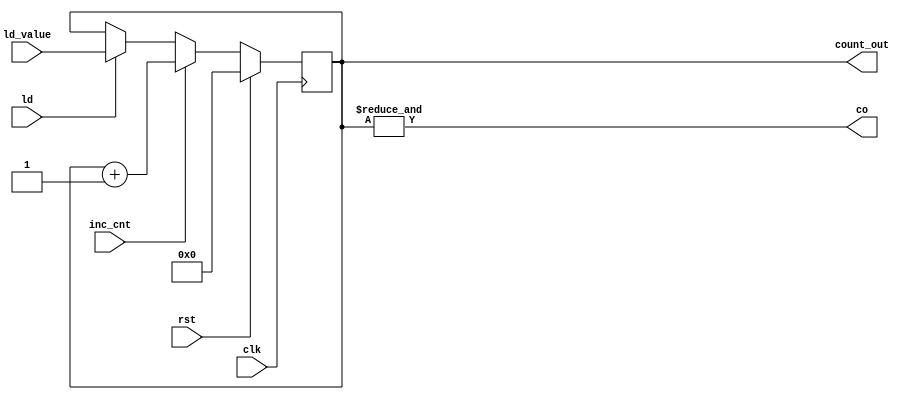
module counter_with_ld #(parameter n=8)(
    clk,
    rst,
    inc_cnt,
    ld,
    ld_value,
    co,
    count_out
);
input clk,inc_cnt,rst,ld;
input [n-1:0] ld_value;
output co;
output reg  [n-1:0] count_out;
always @(posedge clk) begin
    if(rst) begin
        count_out<={n{1'b0}}; 
    end
    else begin
        if (ld) count_out<=ld_value;
        if (inc_cnt)  begin
                count_out<=count_out+1;
        end
    end  
end
assign co=&{count_out};
endmodule
// module counter_with_ld(
//     clk,
//     rst,
//     ld_value_lsb,
//     ld_value_msb,
//     ld,
//     inc_cnt,
//     co,
//     count_out
// );
// input clk,inc_cnt,rst,ld;
// input [3:0]ld_value_lsb;
// input [5:0] ld_value_msb;
// output co;
// output reg  [8:0] count_out;
// always @(posedge clk) begin
//     if(rst) begin
//         count_out<={5'b0,ld_value_lsb}; 
//     end
//     else begin
//         if(co) count_out<={6'b0,ld_value_lsb};
//         if(ld) count_out[8:4] <= ld_value_msb;
//         else if(inc_cnt) count_out<=count_out+1;
//     end  
// end
// assign co=&{count_out};
// endmodule